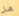
هل